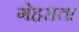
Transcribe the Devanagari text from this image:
गेहराता